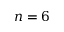
n = 6